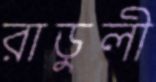
রাডুলী